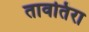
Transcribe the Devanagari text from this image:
तावतिंरा